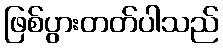
ဖြစ်ပွားတတ်ပါသည်